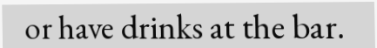
or have drinks at the bar.